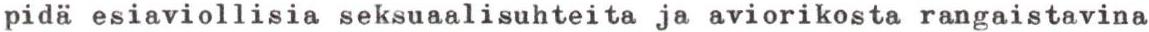
pidä esiaviollisia seksuaalisuhteita ja aviorikosta rangaistavina